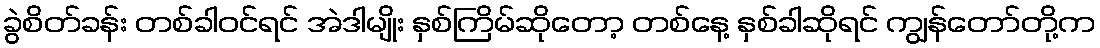
ခွဲစိတ်ခန်း တစ်ခါဝင်ရင် အဲဒါမျိုး နှစ်ကြိမ်ဆိုတော့ တစ်နေ့ နှစ်ခါဆိုရင် ကျွန်တော်တို့က